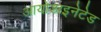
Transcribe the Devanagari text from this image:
आयोडाइनेटेड